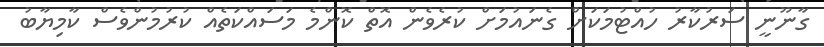
ގާނޫނީ ސަރުކާރު ހުއްޓުމަކަށް ގެނައުމަށް ކުރެވެން އޮތް ކޮންމެ މަސައްކަތެއް ކުރުމުންވެސް ކާމިޔާބު